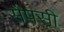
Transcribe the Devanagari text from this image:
सैपसी